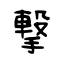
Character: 撃